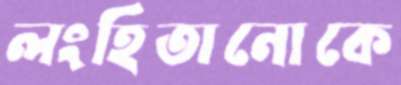
লংহিতানোকে